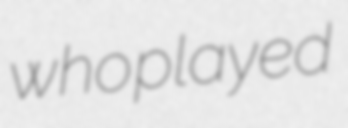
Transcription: who played